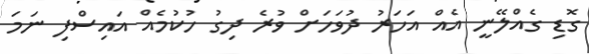
ގޮޑި ގެއްލޭނީ އެއް އަހަރު ދުވަހަށް ވުރެ ދިގު ހުކުމެއް އައިސްފި ނަމަ